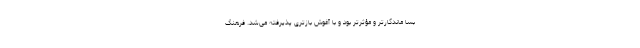
بسا ماندگارتر و مؤثرتر بود و با آغوش بازتری پذیرفته می‌شد. فرهنگ